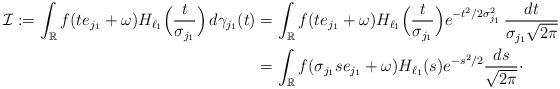
LaTeX: \begin{align*}\mathcal{I}:=\int_{\mathbb{R}}f(te_{j_1}+\omega)H_{\ell_1}\Big(\frac{t}{\sigma_{j_1}}\Big)\,d\gamma_{j_1}(t)&=\int_{\mathbb{R}}f(te_{j_1}+\omega)H_{\ell_1}\Big(\frac{t}{\sigma_{j_1}}\Big)e^{-t^2/2\sigma_{j_1}^2}\,\frac{dt}{\sigma_{j_1}\sqrt{2\pi}}\\&=\int_{\mathbb{R}}f(\sigma_{j_1}se_{j_1}+\omega)H_{\ell_1}(s)e^{-s^2/2}\frac{ds}{\sqrt{2\pi}}\cdot\end{align*}